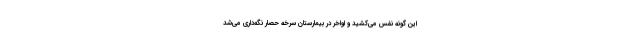
این گونه نفس می‌کشید و اواخر در بیمارستان سرخه حصار نگه‌داری می‌شد